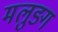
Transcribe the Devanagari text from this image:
मलुङ्ग